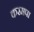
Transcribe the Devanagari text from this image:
करमपा